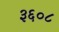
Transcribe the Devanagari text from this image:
३६०८